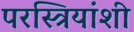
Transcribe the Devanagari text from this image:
परस्त्रियांशी